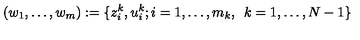
( w _ { 1 } , \dots , w _ { m } ) : = \{ z _ { i } ^ { k } , u _ { i } ^ { k } ; i = 1 , \dots , m _ { k } , \enskip k = 1 , \dots , N - 1 \}